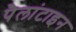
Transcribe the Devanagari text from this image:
पैलांटाइन